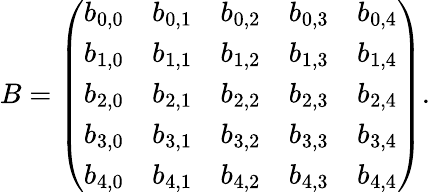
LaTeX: B=\left(\begin{array}{lllll}{b_{0,0}}&{b_{0,1}}&{b_{0,2}}&{b_{0,3}}&{b_{0,4}}\\ {b_{1,0}}&{b_{1,1}}&{b_{1,2}}&{b_{1,3}}&{b_{1,4}}\\ {b_{2,0}}&{b_{2,1}}&{b_{2,2}}&{b_{2,3}}&{b_{2,4}}\\ {b_{3,0}}&{b_{3,1}}&{b_{3,2}}&{b_{3,3}}&{b_{3,4}}\\ {b_{4,0}}&{b_{4,1}}&{b_{4,2}}&{b_{4,3}}&{b_{4,4}}\end{array}\right).